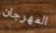
المهرجان